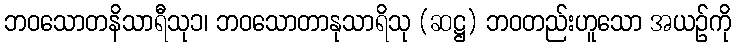
ဘဝသောတနိသာရီသု၁၊ ဘဝသောတာနုသာရိသု (ဆဋ္ဌ) ဘဝတည်းဟူသော အယဉ်ကို